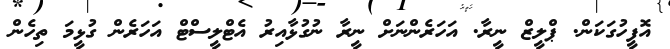
އޮފީހުގަކަން. ޕްލީޒް ނީރާ. އަހަރެންނަށް ނީރާ ނުގުޅާއިރު އެޓްލީސްޓް އަހަރެން ގުޅީމަ ތިހެން